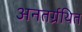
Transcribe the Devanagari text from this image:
अनतर्ग्रथित